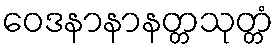
ဝေဒနာနာနတ္တသုတ္တံ